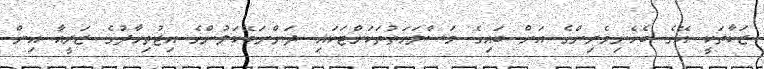
ޒަކާތަކީ އޭގެ ބެހެނިވެރިންގެ އަށް ބައިގެ މަސްލަހަތުތަކަށްޓަކައި ދަންނަބޭކަލުންގެ އިޖުތިހާދުގެ ޒަރީއާ އިން